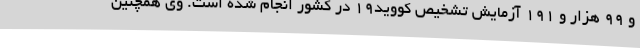
و 99 هزار و 191 آزمایش تشخیص کووید19 در کشور انجام شده است. وی همچنین